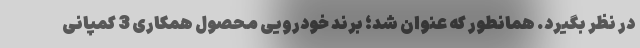
در نظر بگیرد. همانطور که عنوان شد؛ برند خودرویی محصول همکاری 3 کمپانی